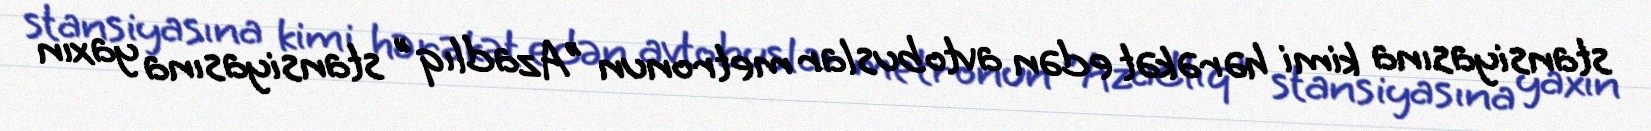
stansiyasına kimi hərəkət edən avtobuslar metronun "Azadlıq" stansiyasına yaxın